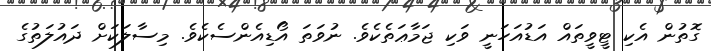
ގޮތުން އެކި ޓީވީތައް އަޑުއަހަނީ ވަކި ޖަމާޢަތެކެވެ. ނުވަތަ އޯޑިއެންސެކެވެ. މިސާލަކަށް ދައުލަތުގެ